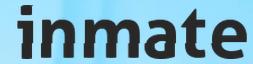
inmate